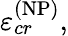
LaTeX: \varepsilon_{cr}^{\left(\mathrm{NP}\right)},